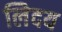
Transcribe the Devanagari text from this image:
लेिदय